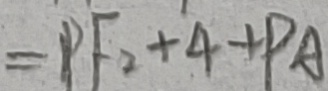
= P F _ { 2 } + 4 + P A